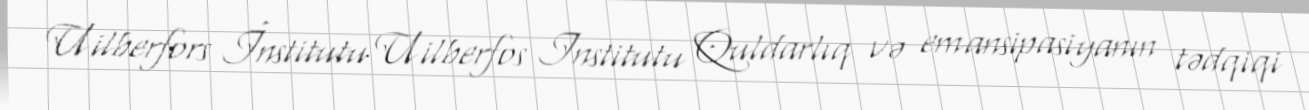
Uilberfors İnstitutu Uilberfos Institutu Quldarlıq və emansipasiyanın tədqiqi